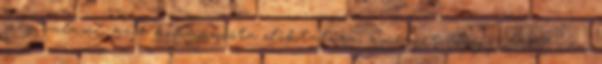
még valami: az a kommunista diktatúra, amelyet Kegyelmed nem